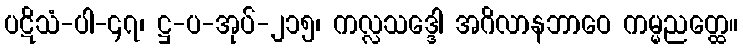
ပဋိသံ-ပါ-၄၇၊ ဋ္ဌ-ပ-အုပ်-၂၁၅၊ ကလ္လသဒ္ဒေါ အဂိလာနဘာဝေ ကမ္မညတ္ထေ။